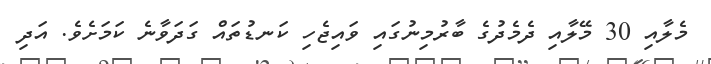
މެލާއި 30 މޭލާއި ދެމެދުގެ ބާރުމިނުގައި ވައިޖެހި ކަނޑުތައް ގަދަވާނެ ކަމަށެވެ. އަދި